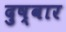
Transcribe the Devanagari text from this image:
दुष्वार